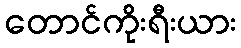
တောင်ကိုးရီးယား